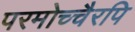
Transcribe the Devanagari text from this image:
परमोच्चैरपि